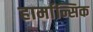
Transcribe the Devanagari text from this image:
हार्मान्सिक